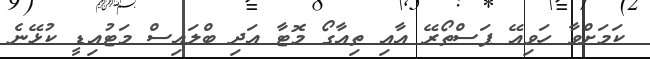
ކަމަށްވާ ހަވިއޭ ޕަސްތޯރޭ އާއި ތިއާގޯ މޮޓާ އަދި ބްލައިސް މަޓުއިޑީ ކުޅޭނެ